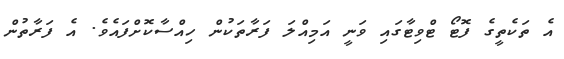
އެ ތަކެތީގެ ފޮޓޯ ޓްވިޓާގައި ވަނީ އަމިއްލަ ފަރާތަކުން ހިއްސާކޮށްފައެވެ. އެ ފަރާތުން